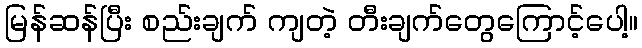
မြန်ဆန်ပြီး စည်းချက် ကျတဲ့ တီးချက်တွေကြောင့်ပေါ့။